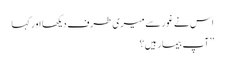
اس نے غور سے میری طرف دیکھا اور کہا
’’آپ بیمار ہیں؟